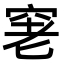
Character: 𥥧